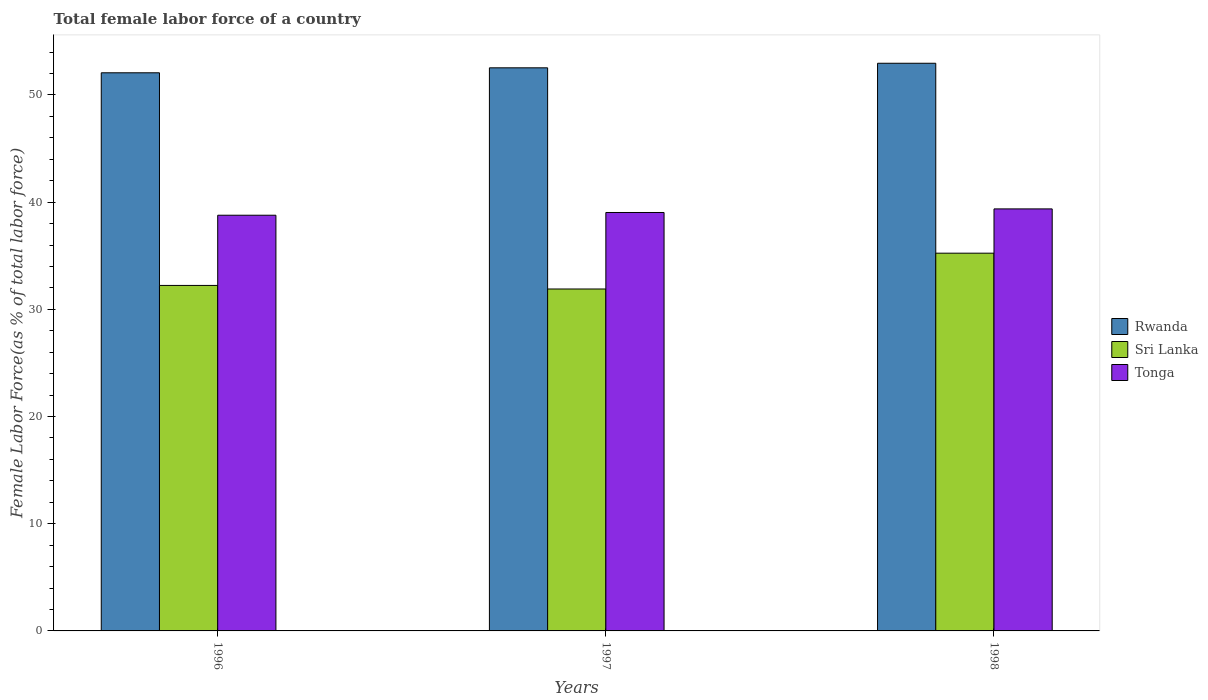
| Years | Rwanda | Sri Lanka | Tonga |
 | --- | --- | --- | --- |
 | 1996 | 52.1 | 32.2 | 38.8 |
 | 1997 | 52.5 | 31.9 | 39 |
 | 1998 | 53 | 35.2 | 39.4 |